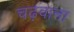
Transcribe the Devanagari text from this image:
चढ़वाना